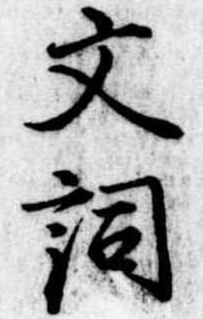
文詞